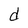
Character: d